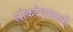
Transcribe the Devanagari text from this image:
लोकदेवाताओं